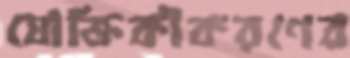
যৌক্তিকীকরণের